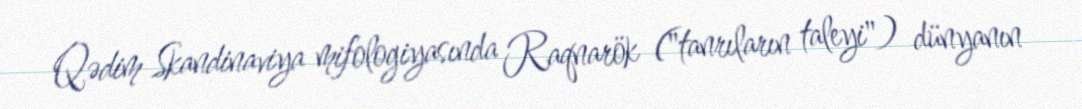
Qədim Skandinaviya mifologiyasında Raqnarök ("tanrıların taleyi") dünyanın